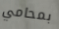
بمحامي